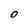
Character: O